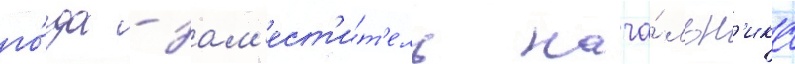
го́да - зам'ест'и́т'ель нача́льн'ика